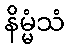
နိမ္မံသံ